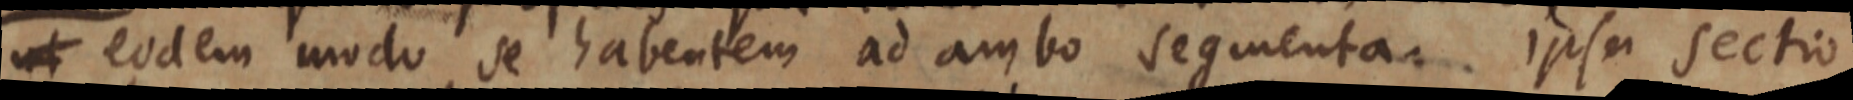
ut eodem modo se habentem ad ambo segmenta. Ipsa section